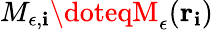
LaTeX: M_{\epsilon,\mathbf{i}}\doteqM_{\epsilon}({\mathbf{r}}_{\mathbf{i}})